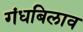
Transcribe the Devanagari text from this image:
गंधबिलाव